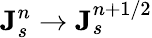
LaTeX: {\mathbf J}_{s}^{n}\rightarrow{\mathbf J}_{s}^{n+1/2}